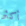
أكثر